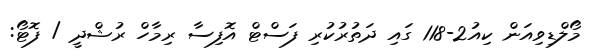
މޯލްޑިވިއަން ކިއު2-118 ގައި ދަތުރުކުރި ފަސްޓް އޮފިސާ ރިމާހް ރުޝްދީ / ފޮޓޯ: